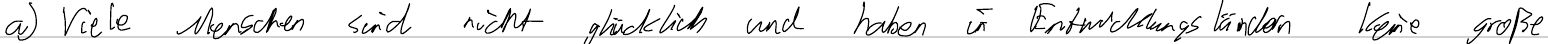
a) Viele Menschen sind nicht glücklich und haben in Entwicklungsländern keine große